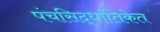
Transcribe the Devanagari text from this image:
पंचसिद्धांतिकेत